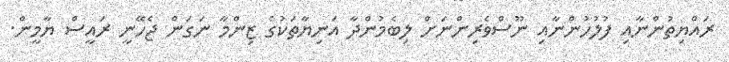
ރައްޔިތުންނާއި ފުލުހުންނާއި ނޫސްވެރިންނަށް ލިބެމުންދާ އަނިޔާތަކުގެ ޒިންމާ ނަގަން ޖެހޭނީ ރައީސް ޔާމީން.